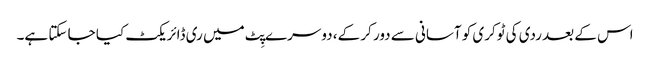
اس کے بعد ردی کی ٹوکری کو آسانی سے دور کر کے، دوسرے پِٹ میں ری ڈائریکٹ کیا جا سکتا ہے۔